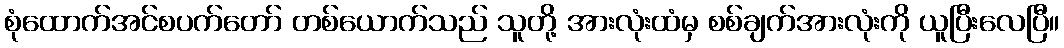
စုံထောက်အင်စပက်တော် တစ်ယောက်သည် သူတို့ အားလုံးထံမှ စစ်ချက်အားလုံးကို ယူပြီးလေပြီ။